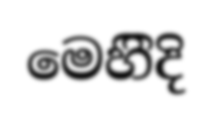
මෙහිිදි